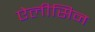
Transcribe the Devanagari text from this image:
ऐलीसिन